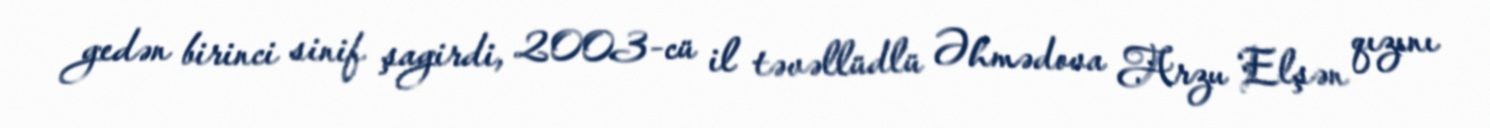
gedən birinci sinif şagirdi, 2003-cü il təvəllüdlü Əhmədova Arzu Elşən qızını